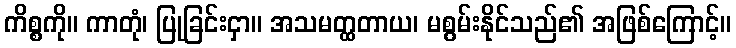
ကိစ္စကို။ ကာတုံ၊ ပြုခြင်းငှာ။ အသမတ္ထတာယ၊ မစွမ်းနိုင်သည်၏ အဖြစ်ကြောင့်။